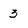
Character: 3